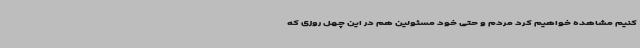
کنیم مشاهده خواهیم کرد مردم و حتی خود مسئولین هم در این چهل روزی که